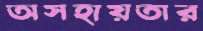
অসহায়তার